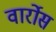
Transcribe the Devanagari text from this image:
वार्रोस